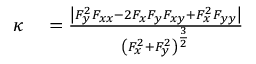
\begin{array} { r l } { \kappa } & { { } = { \frac { \left| F _ { y } ^ { 2 } F _ { x x } - 2 F _ { x } F _ { y } F _ { x y } + F _ { x } ^ { 2 } F _ { y y } \right| } { \left( F _ { x } ^ { 2 } + F _ { y } ^ { 2 } \right) ^ { \frac { 3 } { 2 } } } } } \end{array}